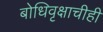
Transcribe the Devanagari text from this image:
बोधिवृक्षाचीही